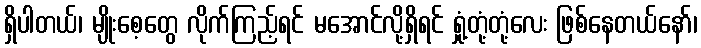
ရှိပါတယ်၊ မျိုးစေ့တွေ လိုက်ကြည့်ရင် မအောင်လို့ရှိရင် ရှုံ့တုံ့တုံ့လေး ဖြစ်နေတယ်နော်၊